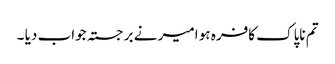
تم ناپاک کافرہ ہو امیر نے برجستہ جواب دیا ۔